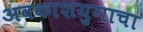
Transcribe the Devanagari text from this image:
अवकाशयुगाचा